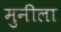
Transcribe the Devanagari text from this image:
मुनीला